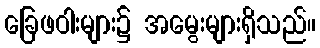
ခြေဖဝါးများ၌ အမွေးများရှိသည်။